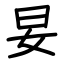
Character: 妟